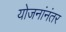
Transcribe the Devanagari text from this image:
योजनांनंतर